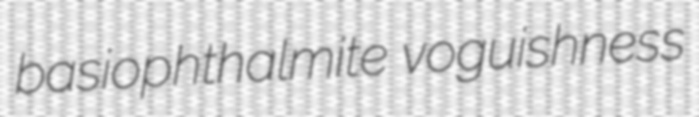
basiophthalmite voguishness